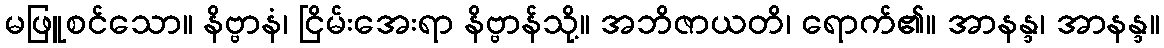
မဖြူစင်သော။ နိဗ္ဗာနံ၊ ငြိမ်းအေးရာ နိဗ္ဗာန်သို့။ အဘိဇာယတိ၊ ရောက်၏။ အာနန္ဒ၊ အာနန္ဒ။